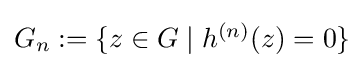
{\textstyle G_{n}:=\{z\in G\mid h^{(n)}(z)=0\}}